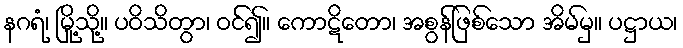
နဂရံ၊ မြို့သို့။ ပဝိသိတွာ၊ ဝင်၍။ ကောဋိတော၊ အစွန်ဖြစ်သော အိမ်မှ။ ပဋ္ဌာယ၊